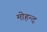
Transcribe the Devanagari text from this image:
मोहन्द